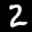
Label: 2